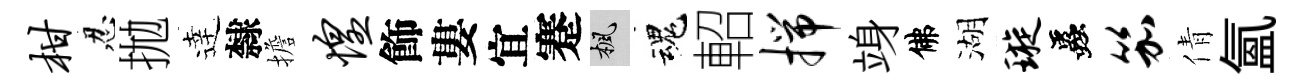
柑忍拋逹隸擔惶飾婁宜蹇楓魂軺揣竧佛湖璇蟲笳倩氲